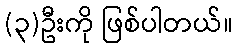
(၃)ဦးကို ဖြစ်ပါတယ်။